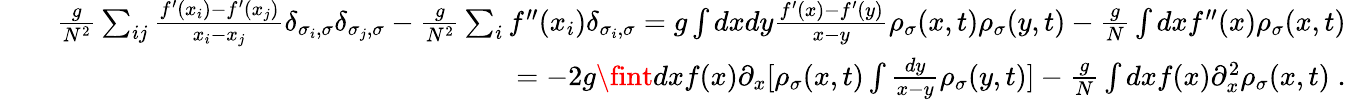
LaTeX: \begin{array}{rlr}&{}&{\frac{g}{N^{2}}\sum_{ij}\frac{f^{\prime}(x_{i})-f^{\prime}(x_{j})}{x_{i}-x_{j}}\delta_{\sigma_{i},\sigma}\delta_{\sigma_{j},\sigma}-\frac{g}{N^{2}}\sum_{i}f^{\prime\prime}(x_{i})\delta_{\sigma_{i},\sigma}=g\int dxdy\frac{f^{\prime}(x)-f^{\prime}(y)}{x-y}\rho_{\sigma}(x,t)\rho_{\sigma}(y,t)-\frac{g}{N}\int dxf^{\prime\prime}(x)\rho_{\sigma}(x,t)}\\ &{}&{=-2g\fint dxf(x)\partial_{x}[\rho_{\sigma}(x,t)\int\frac{dy}{x-y}\rho_{\sigma}(y,t)]-\frac{g}{N}\int dxf(x)\partial_{x}^{2}\rho_{\sigma}(x,t)\; .}\end{array}